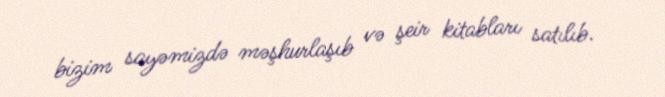
bizim sayəmizdə məşhurlaşıb və şeir kitabları satılıb.